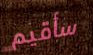
سأقيم